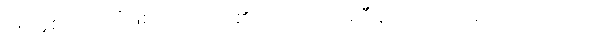
၁၈ နှစ် ပြည့်ပြီဖြစ်၍ ရှေးယု၏ သဘောတူညီချက် ရယူဖို့ မလို တော့ပေ။